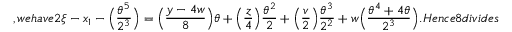
, w e h a v e 2 \xi - x _ { 1 } - \Big ( \frac { \theta ^ { 5 } } { 2 ^ { 3 } } \Big ) = \Big ( \frac { y - 4 w } { 8 } \Big ) \theta + \Big ( \frac { z } { 4 } \Big ) \frac { \theta ^ { 2 } } { 2 } + \Big ( \frac { v } { 2 } \Big ) \frac { \theta ^ { 3 } } { 2 ^ { 2 } } + w \Big ( \frac { \theta ^ { 4 } + 4 \theta } { 2 ^ { 3 } } \Big ) . H e n c e 8 d i v i d e s